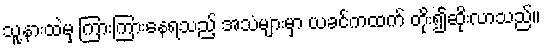
သူ့နားထဲမှ ကြားကြားနေရသည့် အသံများမှာ ယခင်ကထက် တိုး၍ဆိုးလာသည်။